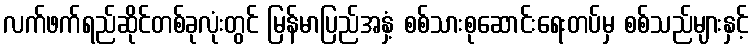
လက်ဖက်ရည်ဆိုင်တစ်ခုလုံးတွင် မြန်မာပြည်အနှံ့ စစ်သားစုဆောင်းရေးတပ်မှ စစ်သည်များနှင့်